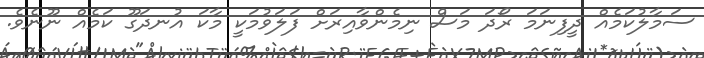
ސަމާލުކަމެއް ދީފިނަމަ ރޯދަ މަސް ނިމެންވާއިރަށް ފަލަވުމަކީ މާކަ އުނދަގޫ ކަމެއް ނޫނެވެ.